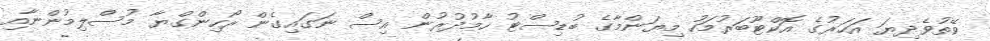
ވޭތުވެދިޔަ އަހަރުގެ އޮކްޓޫބަރުމަހު މިޔަންމާގެ ބުޑިސްޓު ހާމުދުރުން އިސް ނަގައިގެން ރޯހިންގްޔާ މުސްލިމުންނާއި